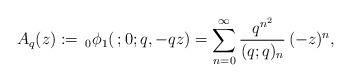
LaTeX: \begin{align*}A_{q}(z):=\,_{0}\phi_{1}(\,;0;q,-qz)=\sum_{n=0}^{\infty}\frac{q^{n^{2}}}{(q;q)_{n}}\,(-z)^{n},\end{align*}